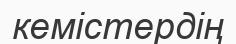
кемістердің